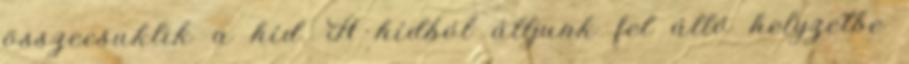
összecsuklik a híd. A hídból álljunk fel álló helyzetbe